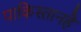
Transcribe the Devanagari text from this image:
पाकिस्तानहैं